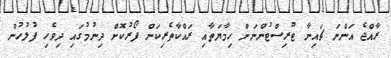
ރާއްޖެ އަންނަ ޗައިނާ ޓޫރިސްޓުންނަށް ހިމާޔަތާއި ރައްކާތެރިކަން ފޯރުކޮށް ދިނުމުގައި ދިވެހި ފުލުހުން